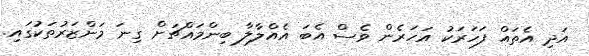
އަދި އެތައް ފަހަރަކު އަހަރެން ވެސް އެބަ އެއްލާލާ ބިންމައްޗަށް ގިނަ މަންޒަރުތަކުގައި.